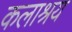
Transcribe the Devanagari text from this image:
कलाश्रय